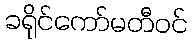
ခရိုင်ကော်မတီဝင်